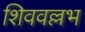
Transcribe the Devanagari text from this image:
शिववल्लभ